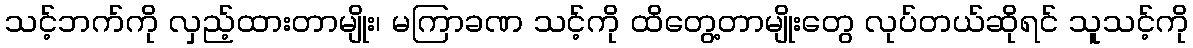
သင့်ဘက်ကို လှည့်ထားတာမျိုး၊ မကြာခဏ သင့်ကို ထိတွေ့တာမျိုးတွေ လုပ်တယ်ဆိုရင် သူသင့်ကို